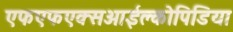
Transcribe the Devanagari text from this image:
एफएफएक्सआईक्लोपिडिया